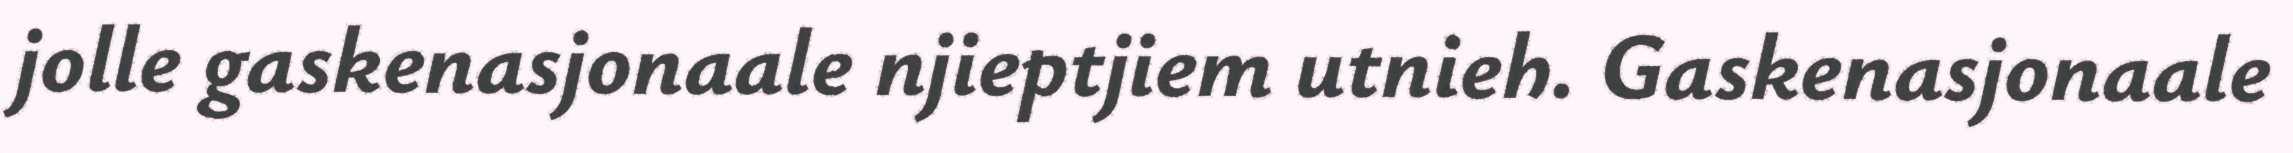
jolle gaskenasjonaale njieptjiem utnieh. Gaskenasjonaale